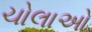
ચોલાઓ